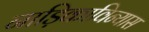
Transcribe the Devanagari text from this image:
नाड़िकाविन्यास